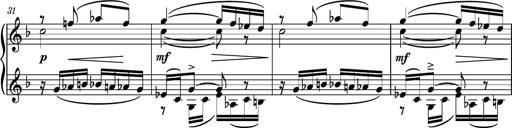
Title: Piano Sonatina No.8
Composer: Dimitri Sykias
Key: F major